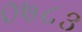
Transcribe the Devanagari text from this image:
०७८३